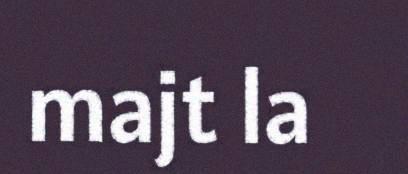
majt la